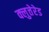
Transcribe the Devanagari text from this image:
क्लुत्तेरेड